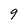
Character: 9